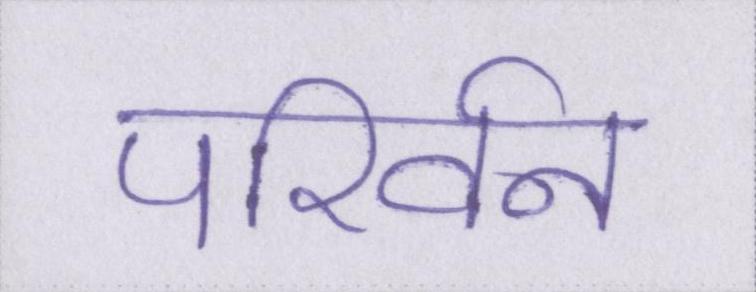
परिर्वन